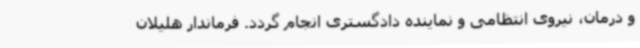
و درمان، نیروی انتظامی و نماینده دادگستری انجام گردد. فرماندار هلیلان